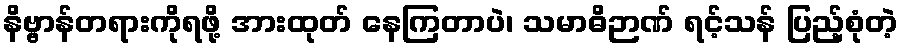
နိဗ္ဗာန်တရားကိုရဖို့ အားထုတ် နေကြတာပဲ၊ သမာဓိဉာဏ် ရင့်သန် ပြည့်စုံတဲ့